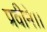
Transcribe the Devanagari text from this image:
प्रवीने।।